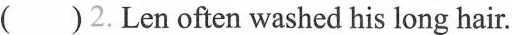
( )2.Len often washed his long hair.